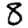
Digit: 8